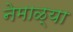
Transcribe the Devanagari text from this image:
नेमाळ्या